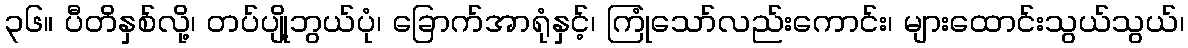
၃၆။ ပီတိနှစ်လို့၊ တပ်ပျို့ဘွယ်ပုံ၊ ခြောက်အာရုံနှင့်၊ ကြုံသော်လည်းကောင်း၊ များထောင်းသွယ်သွယ်၊